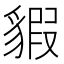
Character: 貑